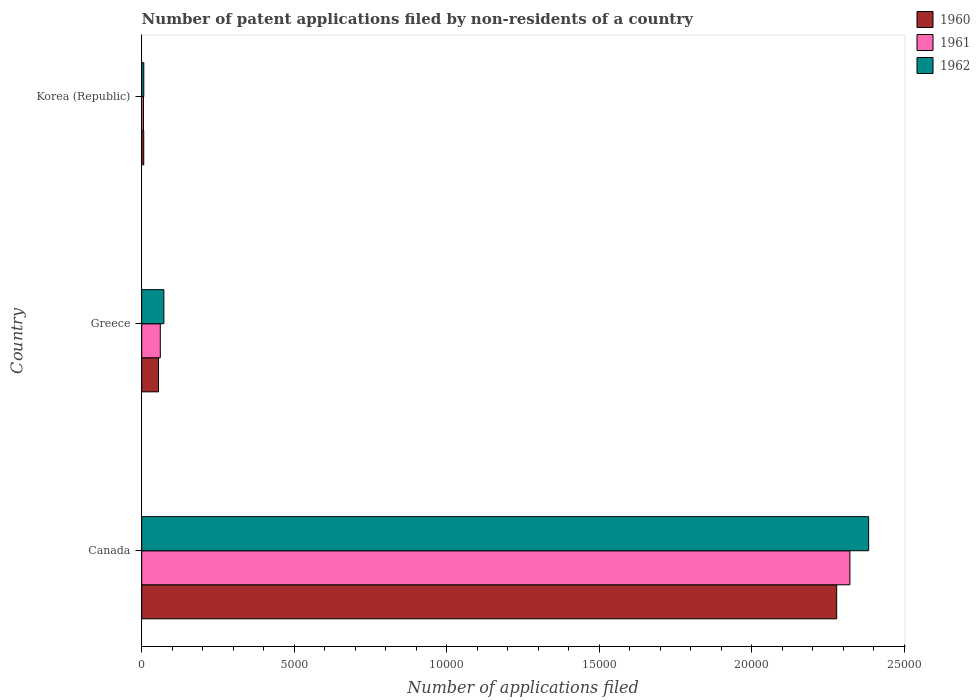
| Country | 1960 | 1961 | 1962 |
 | --- | --- | --- | --- |
 | Canada | 2.28e+04 | 2.32e+04 | 2.38e+04 |
 | Greece | 551 | 609 | 726 |
 | Korea (Republic) | 66 | 58 | 68 |